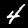
Label: 4